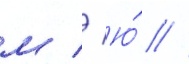
м // Ю́ //